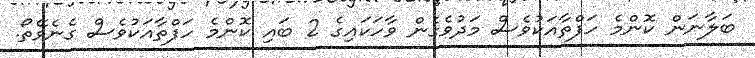
ބަލާނަން ކޮންމެ ހަފްތާއަކުވެސް މަދުވެގެން ވާހަކައިގެ 2 ބައި ކޮންމެ ހަފްތާއަކުވެސް ގެނެވޭތޯ.